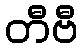
တီဗီ